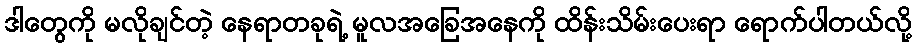
ဒါတွေကို မလိုချင်တဲ့ နေရာတခုရဲ့ မူလအခြေအနေကို ထိန်းသိမ်းပေးရာ ရောက်ပါတယ်လို့